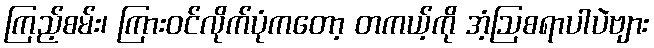
ကြည့်စမ်း၊ ကြားဝင်လိုက်ပုံကတော့ တကယ့်ကို အံ့ဩစရာပါပဲဗျား